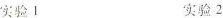
实验1 实验2